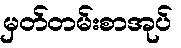
မှတ်တမ်းစာအုပ်